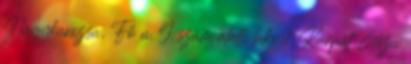
Nagykanizsa, Fő u. 9. szám alatti lakost, Kárpát Géza